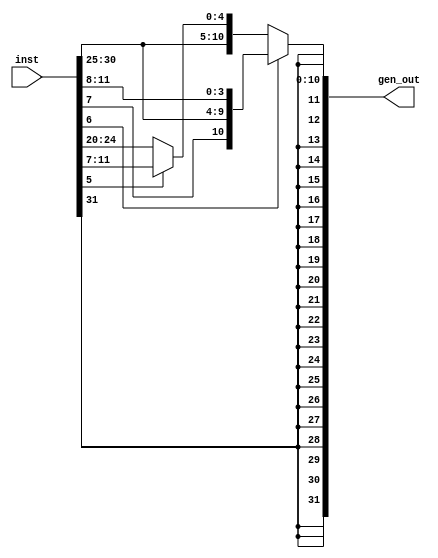
`timescale 1ns / 1ps
//////////////////////////////////////////////////////////////////////////////////
// Company: 
// Engineer: 
// 
// Design Name: 
// Module Name: ImmGen
// Project Name: 
// Target Devices: 
// Tool Versions: 
// Description: 
// 
// Dependencies: 
// 
// Revision:
// Revision 0.01 - File Created
// Additional Comments:
// 
//////////////////////////////////////////////////////////////////////////////////


module ImmGen(
    input [31:0] inst,
    output [31:0] gen_out
    );

    reg [6:0] opcode;
    
    reg [11:0] imm; 
    
    always@(inst)begin
    
        opcode = inst[6:0];
        if(opcode[6] == 0) begin
        
            if(opcode[5] == 0) begin
                // LW
                imm = inst[31:20];
            end
            
            else begin
                // SW
                imm = {inst[31:25], inst[11:7]};
            end
        end
        
        else begin
            // SB 
            imm = {inst[31], inst[7], inst[30:25], inst[11:8]};   
        end
        
    end
    
    assign gen_out = {{20{imm[11]}}, imm};
    
endmodule